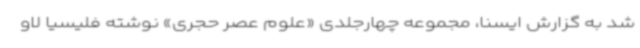
شد به گزارش ایسنا، مجموعه چهارجلدی «علوم عصر حجری» نوشته فلیسیا لاو